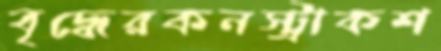
বৃদ্ধেরকনস্ট্রাকশ